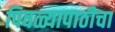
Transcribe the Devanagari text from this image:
पिवळ्यापाठीचा